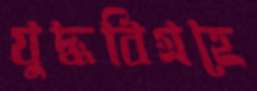
যুদ্ধবিগ্রহে